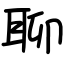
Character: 聊